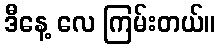
ဒီနေ့ လေ ကြမ်းတယ်။